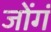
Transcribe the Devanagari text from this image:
जोंगं